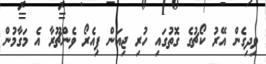
ވިދިގެން އޭރު ކޯޗުގެ ގޮތުގައި ހުރި ޖިއަން ޕިއެރޯ ވެންޗޫރާ އެ މަގާމުން